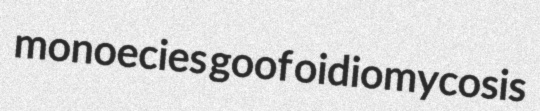
monoecies goof oidiomycosis